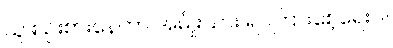
သူ စဉ်းစားနေတာ အမျိုးသား ရင်ကြားစေ့ရေးပဲ။